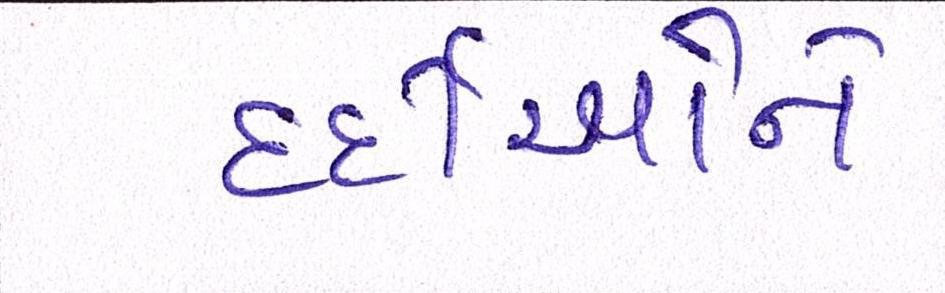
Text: દર્દીઓને